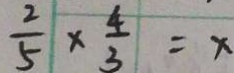
\frac { 2 } { 5 } \times \frac { 4 } { 3 } = x